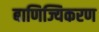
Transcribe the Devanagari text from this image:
बाणिज्यिकरण